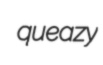
queazy